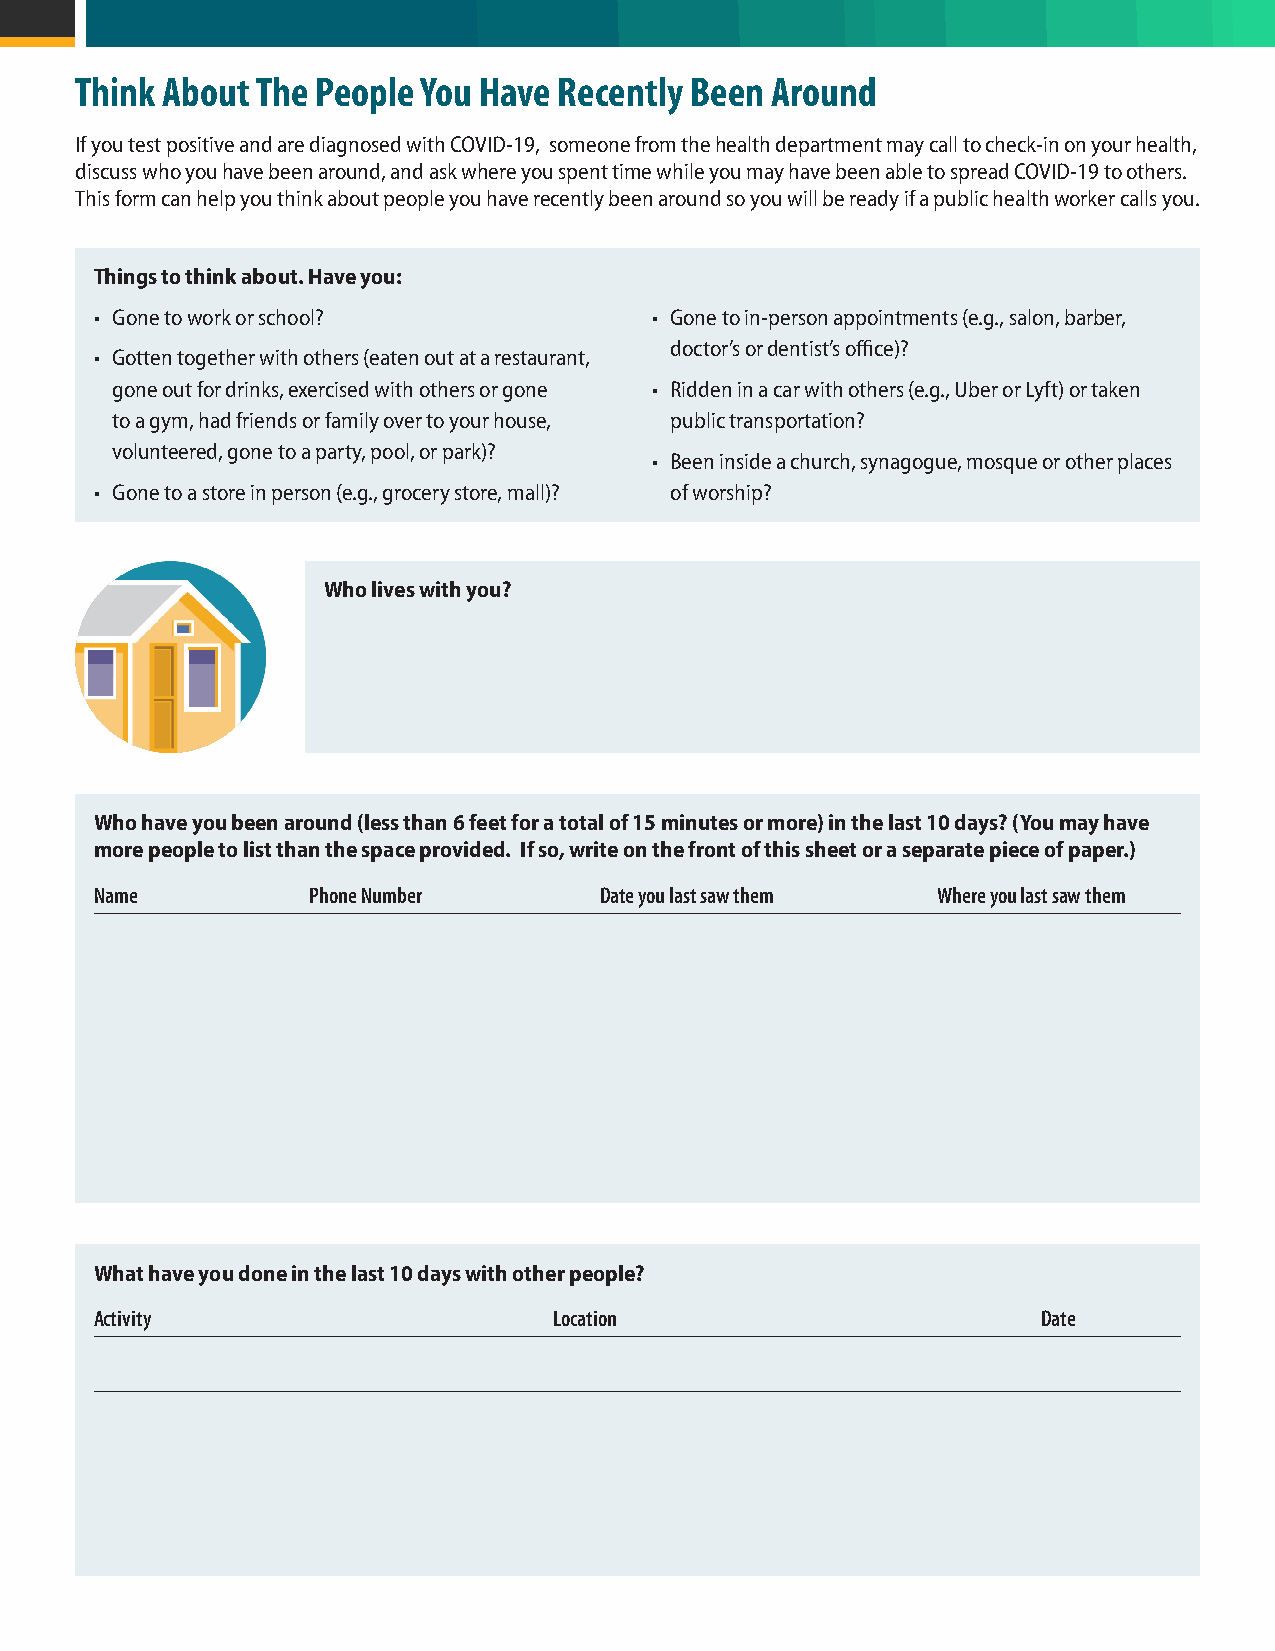
Think About The People You Have Recently Been Around
 If you test positive and are diagnosed with COVID-19, someone from the health department may call to check-in on your health,
 discuss who you have been around, and ask where you spent time while you may have been able to spread COVID-19 to others.
 This form can help you think about people you have recently been around so you will be ready if a public health worker calls you.
 Things to think about. Have you:
 • Gone to work or school?            • Gone to in-person appointments (e.g., salon, barber,
 doctor’s or dentist’s office)?
 • Gotten together with others (eaten out at a restaurant,
 gone out for drinks, exercised with others or gone • Ridden in a car with others (e.g., Uber or Lyft) or taken
 to a gym, had friends or family over to your house, public transportation?
 volunteered, gone to a party, pool, or park)?
 • Been inside a church, synagogue, mosque or other places
 • Gone to a store in person (e.g., grocery store, mall)? of worship?
 Who lives with you?
 Who have you been around (less than 6 feet for a total of 15 minutes or more) in the last 10 days? (You may have
 more people to list than the space provided. If so, write on the front of this sheet or a separate piece of paper.)
 Name          Phone Number        Date you last saw them Where you last saw them
 What have you done in the last 10 days with other people?
 Activity                       Location                        Date